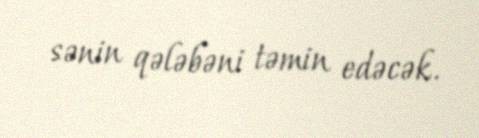
sənin qələbəni təmin edəcək.